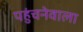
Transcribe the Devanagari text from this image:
पहुंचनेवाला